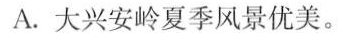
A.大兴安岭夏季风景优美。